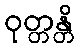
ဝုတ္တန္တိ